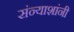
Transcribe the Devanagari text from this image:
संन्याशांनी